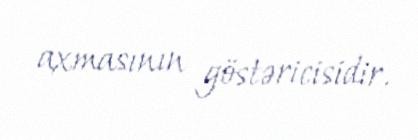
axmasının göstəricisidir.